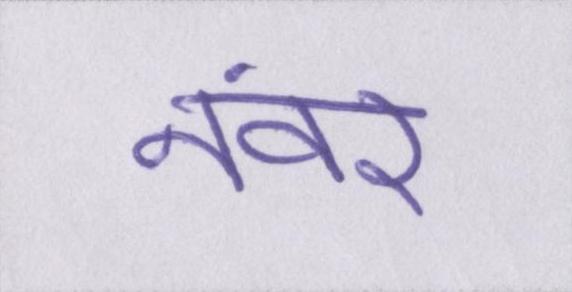
नंवर